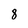
Character: 8